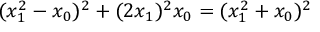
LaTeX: ( x _ { 1 } ^ { 2 } - x _ { 0 } ) ^ { 2 } + ( 2 x _ { 1 } ) ^ { 2 } x _ { 0 } = ( x _ { 1 } ^ { 2 } + x _ { 0 } ) ^ { 2 }